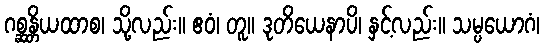
ဂစ္ဆန္တိယထာစ၊ သို့လည်း။ ဧဝံ၊ တူ။ ဒုတိယေနာပိ၊ နှင့်လည်း။ သမ္ပယောဂံ၊